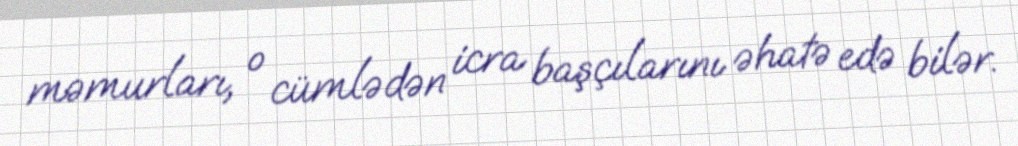
məmurları, o cümlədən icra başçılarını əhatə edə bilər.